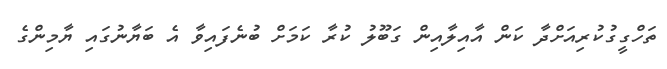
ތަހްގީގުކުރިއަށްދާ ކަން އާއިލާއިން ގަބޫލު ކުރާ ކަމަށް ބުނެފައިވާ އެ ބަޔާނުގައި ޔާމިންގެ